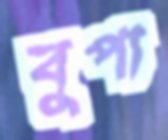
বুপা